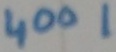
Text: 4001